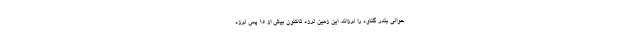
حوالی بندر گناوه را لرزاند. این زمین لرزه تاکنون بیش از ۱۵ پس لرزه